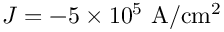
J = - 5 \times 1 0 ^ { 5 } ~ \mathrm { A / c m ^ { 2 } }